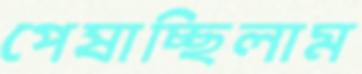
পেষাচ্ছিলাম